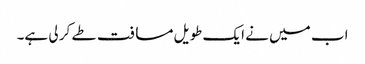
اب میں نے ایک طویل مسافت طے کر لی ہے۔